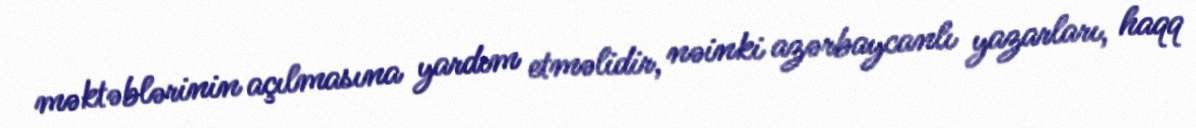
məktəblərinin açılmasına yardım etməlidir, nəinki azərbaycanlı yazarları, haqq